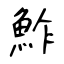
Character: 鮓